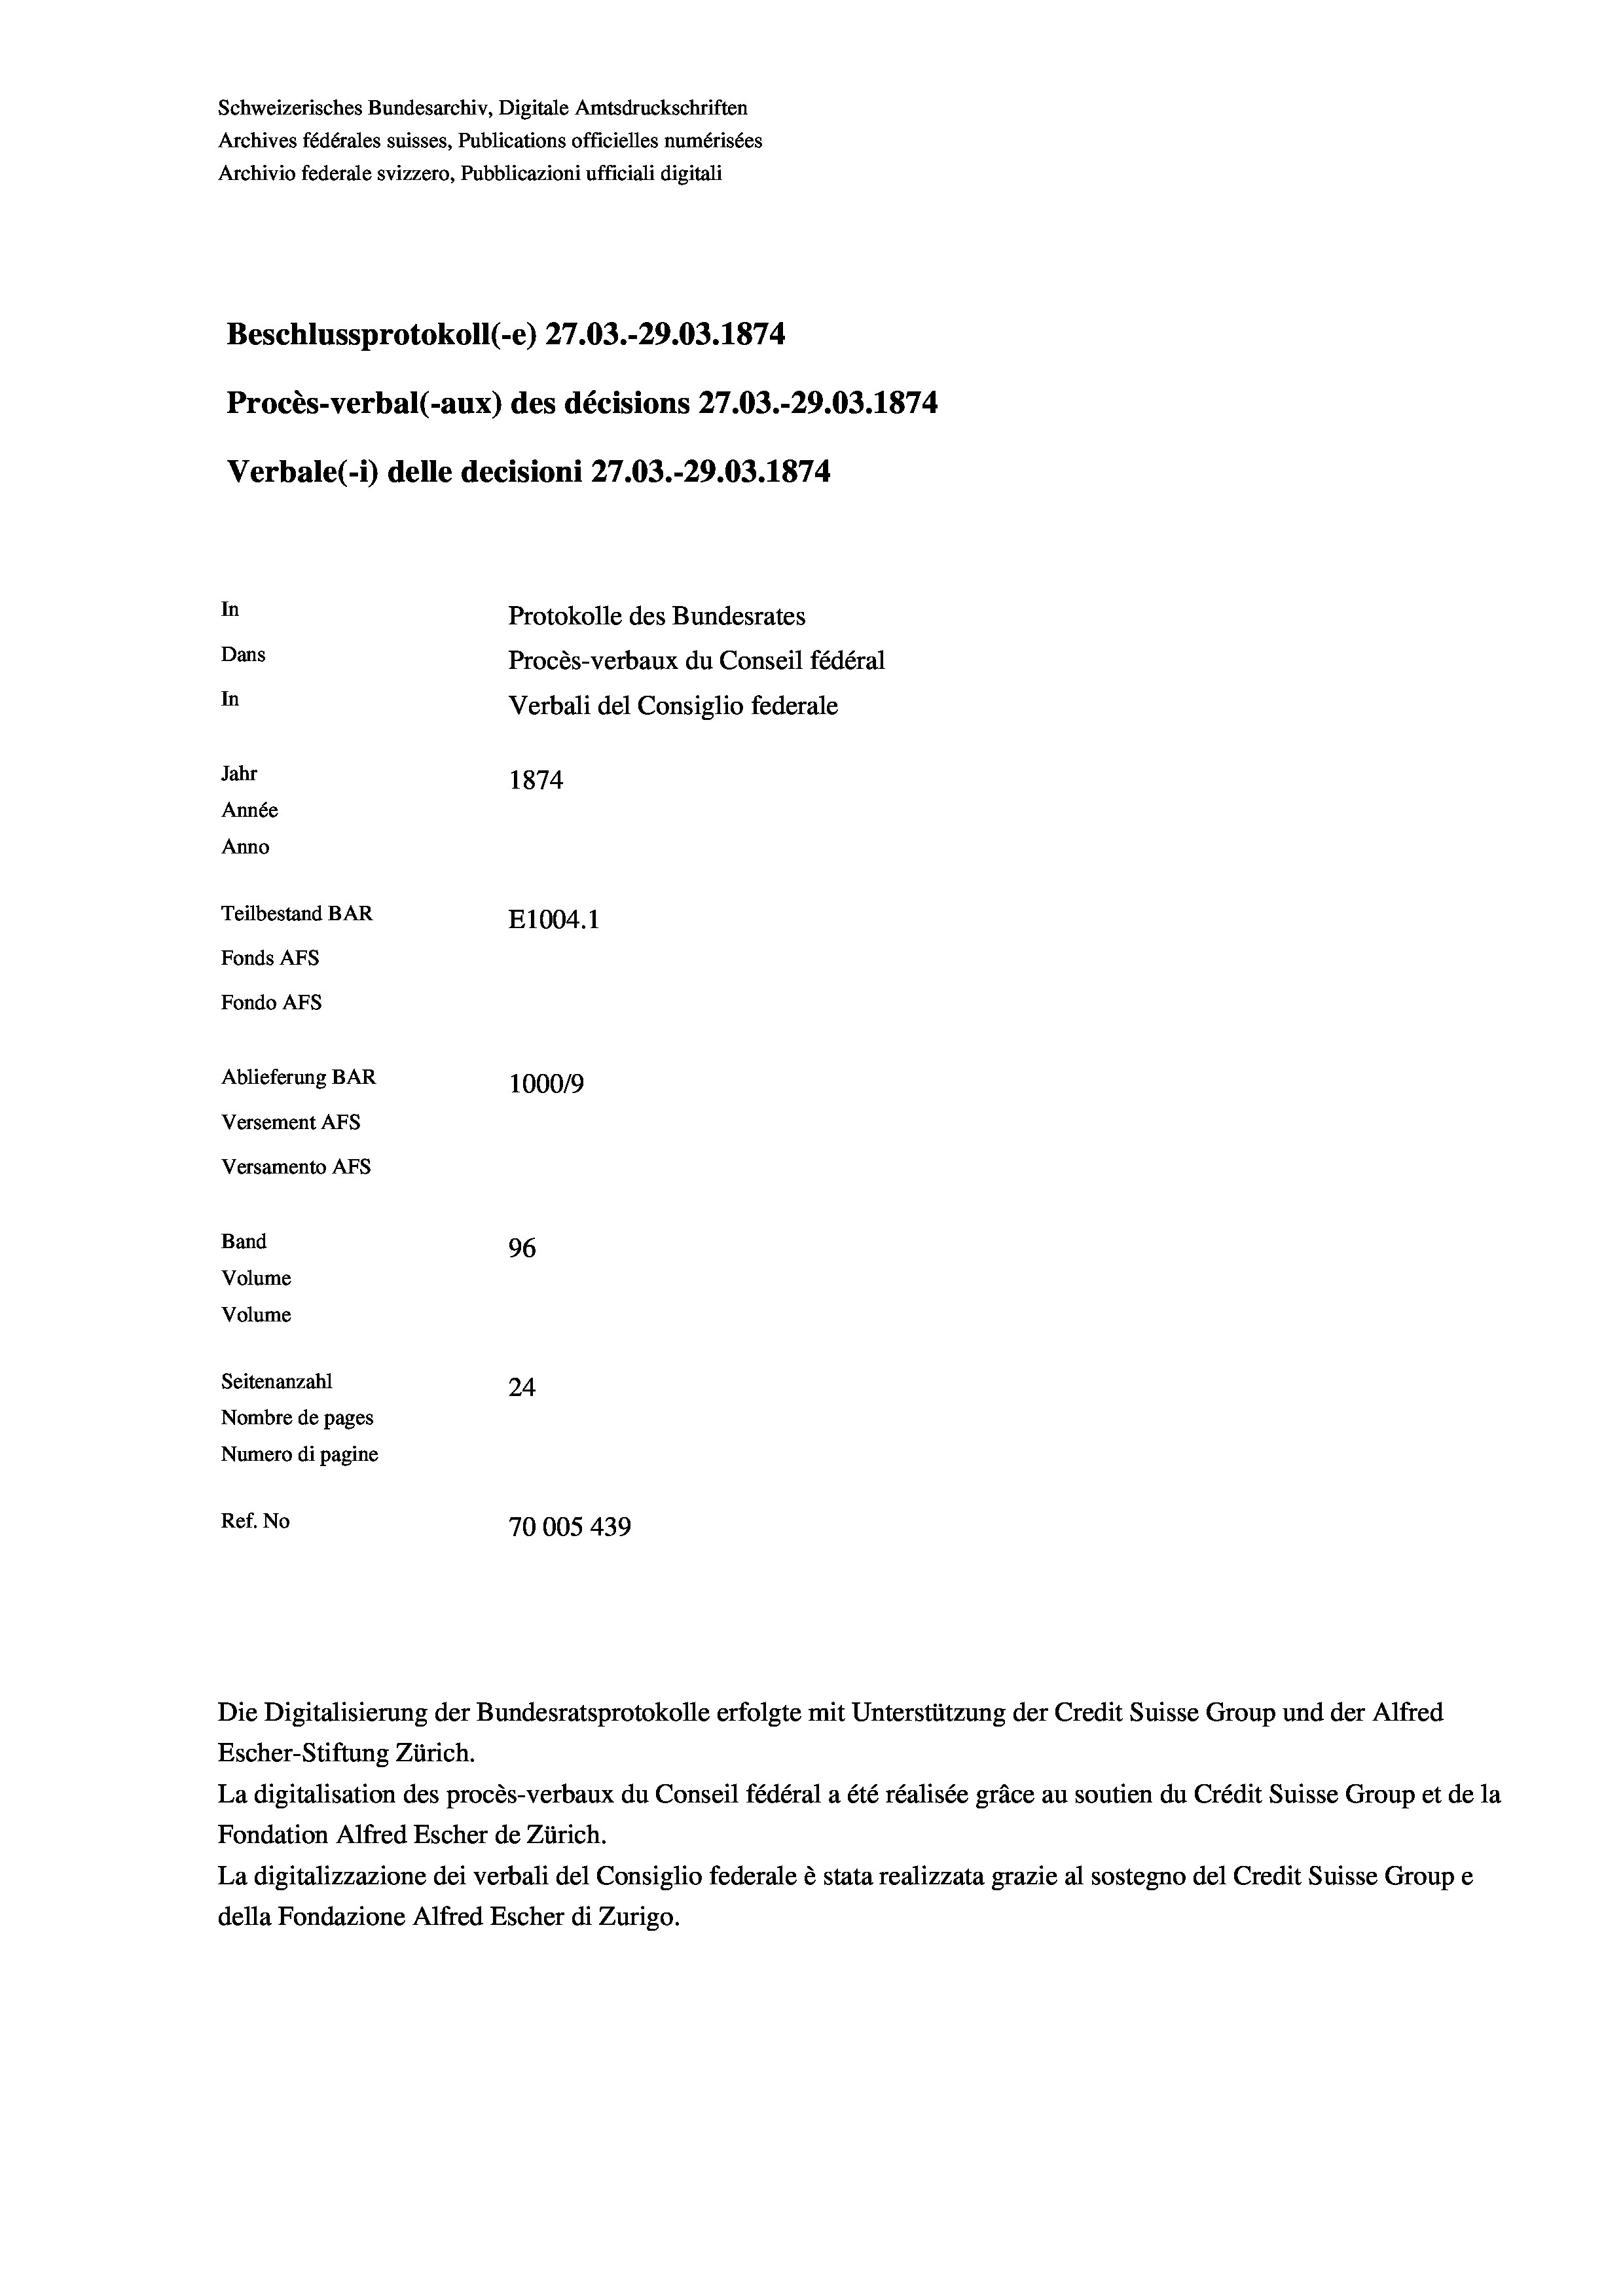
Schweizerisches Bundesarchiv, Digitale Amtsdruckschriften
Archives fédérales suisses, Publications officielles numérisées
Archivio federale svizzero, Pubblicazioni ufficiali digitali
Beschlussprotokoll (-e) 27.03.-29.03. 1874
Procès-verbal (-aux) des décisions 27.03.-29.03. 1874
Verbale(*) delle decisioni 27.03.-29.03. 1874
In
Protokolle des Bundesrates
Dans
Procès-verbaux du Conseil fédéral
In
Verbali del Consiglio federale
Jahr
1874
Année
Anno
Teilbestand BAR
E1004. 1
Fonds AFs
Fondo AFS
Ablieferung BAR
100019
Versement AFs
Versamento AFs
Band
96
Volume
Volume
Seitenanzahl
24
Nombre de pages
Numero di pagine
Ref. No
70005439

Escher-Stiftung Zürich.
La digitalisation des procès-verbaux du Conseil fédéral a été réalisée gräce au soutien du Crédit Suisse Group et de la
Fondation Alfred Escher de Zürich.
La digitalizzazione dei verbali del Consiglio federale è stata realizzata grazie al sostegno del Credit Suisse Groupe
della Fondazione Alfred Escher di Zurigo.

Die Digitalisierung der Bundesratsprotokolle erfolgte mit Unterstützung der Credit Suisse Group und der Alfred